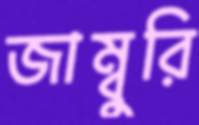
জাম্বুরি